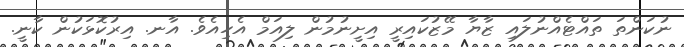
ނުކަންތަ ތައްޓެއްނުލައި ޒާޔާ މޭޒުކައިރީ އިށީނުމުން ލިއަމް އެހިއެވެ. އާނ. އިރުކޮޅަކުން ކާނީ.